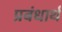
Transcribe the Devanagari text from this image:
प्रबंधार्थ